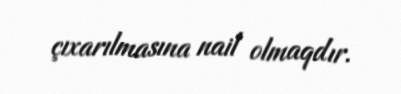
çıxarılmasına nail olmaqdır.